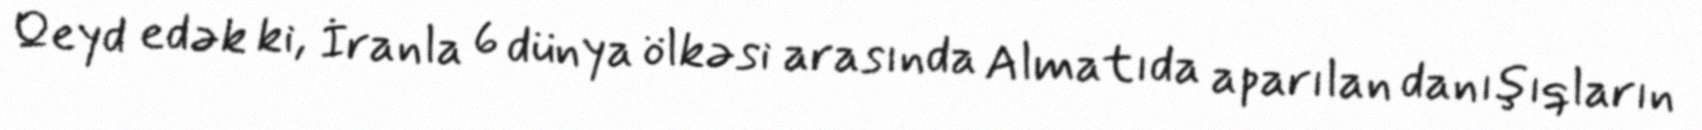
Qeyd edək ki, İranla 6 dünya ölkəsi arasında Almatıda aparılan danışıqların